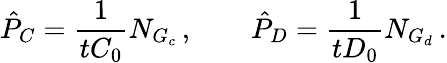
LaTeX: \hat{P}_{C}=\frac{1}{tC_{0}}N_{G_{c}}\, ,\qquad\hat{P}_{D}=\frac{1}{tD_{0}}N_{G_{d}}\, .